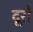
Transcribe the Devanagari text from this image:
दूरो